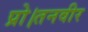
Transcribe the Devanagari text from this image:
प्रो।तनवीर